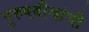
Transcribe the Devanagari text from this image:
पुरुषबीजांची